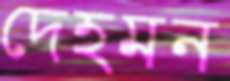
দেহমন